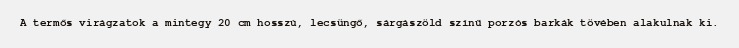
A termős virágzatok a mintegy 20 cm hosszú, lecsüngő, sárgászöld színű porzós barkák tövében alakulnak ki.